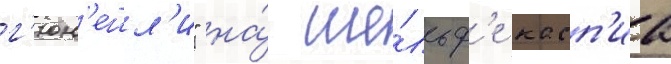
г'юн'ешл'и" на́ ше́льф'е касп'иа